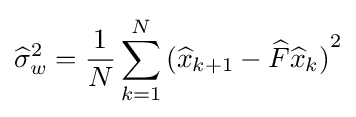
{\widehat {\sigma }}_{w}^{2}={\frac {1}{N}}\sum _{k=1}^{N}{({\widehat {x}}_{k+1}-{\widehat {F}}{\widehat {x}}_{k})}^{2}